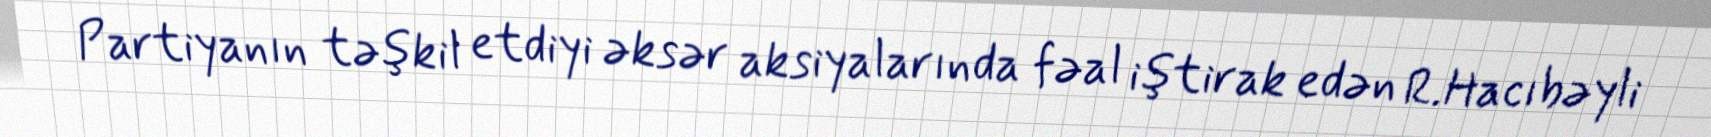
Partiyanın təşkil etdiyi əksər aksiyalarında fəal iştirak edən R.Hacıbəyli